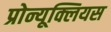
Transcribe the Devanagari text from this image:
प्रोन्यूक्लियस